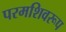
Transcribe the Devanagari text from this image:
परमशिवरूप